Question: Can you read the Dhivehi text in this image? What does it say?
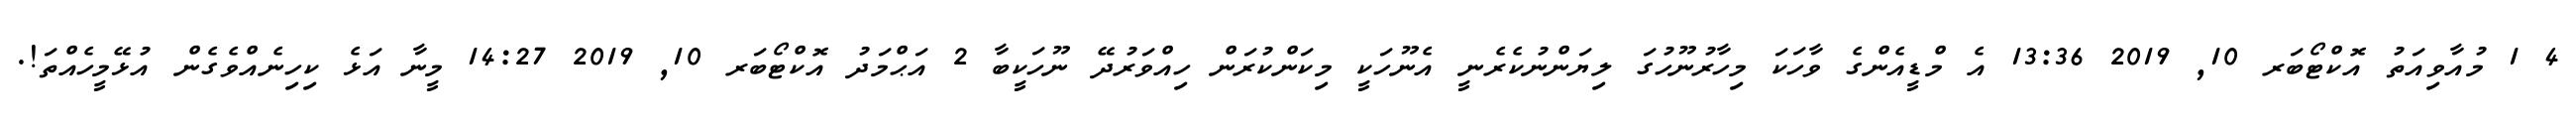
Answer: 4 1 މުއާވިއަތު އޮކްޓޯބަރ 10, 2019 13:36 އެ މްޑީއެންގެ ވާހަކަ މިހާރުނޫހުގަ ލިޔަންނުކެރެނީ އެނޫހަކީ މިކަންކުރަން ހިއްވަރުދޭ ނޫހަކީބާ 2 އަޙްމަދު އޮކްޓޯބަރ 10, 2019 14:27 މީނާ އަޅެ ކިހިނެއްވެގެން އުޅޭމީހެއްތަ!.